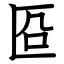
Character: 㔯